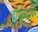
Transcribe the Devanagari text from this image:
वीर्यवर्द्घक